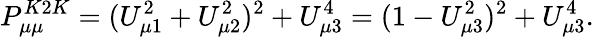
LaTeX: P_{\mu\mu}^{K2K}=(U_{\mu 1}^{2}+U_{\mu 2}^{2})^{2}+U_{\mu 3}^{4}=(1-U_{\mu 3}^{2})^{2}+U_{\mu 3}^{4}.